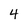
Character: 4